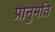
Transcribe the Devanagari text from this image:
प्रानुमति